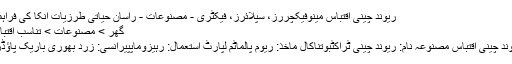
ریوند چینی اقتباس مینوفیکچررز، سپلائرز، فیکٹری - مصنوعات - راسان حیاتی طرزیات انکا کی فراہمی
گھر > مصنوعات > تناسب اقتباس
ریوند چینی اقتباس مصنوعہ نام: ریوند چینی ٹراکٹبوتناکال ماخذ: ریوم پالماٹم لپارٹ استعمال: رہیزوماپپیرانسی: زرد بھوری باریک پاؤڈر ۔